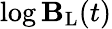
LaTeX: \log{\mathbf{B}_{\mathrm{{L}}}(t)}